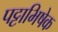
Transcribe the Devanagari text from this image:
पट्टाभिषेक